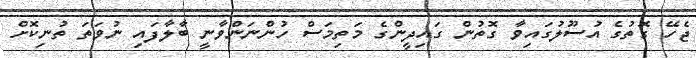
ޖެހޭ ގޮތުގެ އުސޫލުގައިވާ ގޮތުން ގައިދީންގެ މަތިމަސް ހުންނަންވާނީ ބާލާފައި ނުވަތަ ތުނިކޮށް